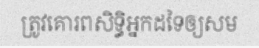
ត្រូវគោរពសិទ្ធិអ្នកដទៃឲ្យសម